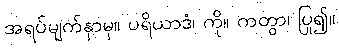
အရပ်မျက်နှာမှ။ ပရိယာဒံ၊ ကို။ ကတွာ၊ ပြု၍။